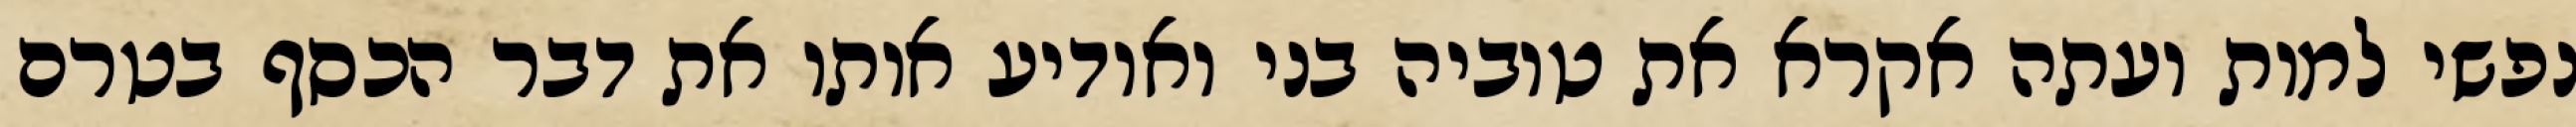
נפשי למות ועתה אקרא את טוביה בני ואודיע אותו את דבר הכסף בטרם